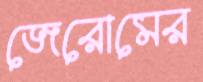
জেরোমের